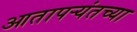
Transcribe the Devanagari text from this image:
आतापर्‍यंतच्या